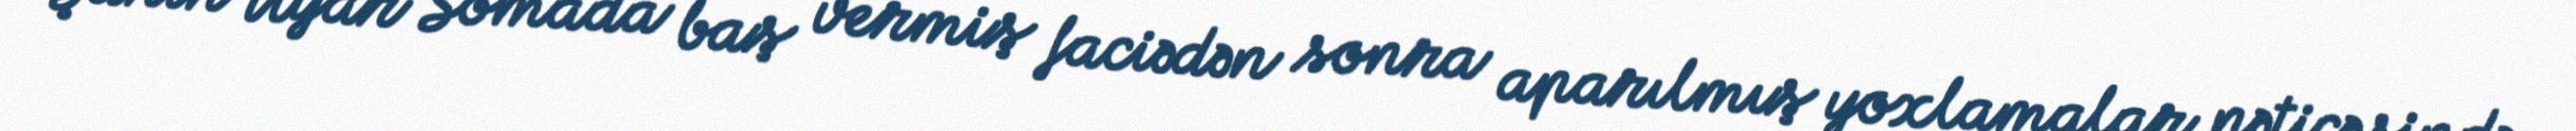
Şahin Uyar Somada baş vermiş faciədən sonra aparılmış yoxlamalar nəticəsində